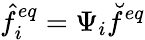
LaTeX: \hat{f}_{i}^{eq}=\Psi_{i}\breve{f}^{eq}